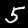
Digit: 5